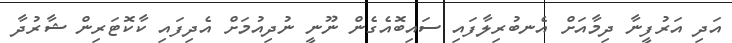
އަދި އަރުފީނާ ދިމާއަށް އެނބުރިލާފައި ސައިބޮއެގެން ނޫނީ ނުދިއުމަށް އެދިފައި ކާކޮޓަރިން ޝާރުދާ